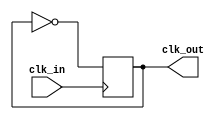
// This program was cloned from: https://github.com/NYU-MLDA/OpenABC
// License: BSD 3-Clause "New" or "Revised" License

// See LICENSE.SiFive for license details.

/** This black-boxes a Clock Divider by 2.
  * The output clock is phase-aligned to the input clock.
  * If you use this in synthesis, make sure your sdc
  * declares that you want it to do the same.
  *
  * Because Chisel does not support
  * blocking assignments, it is impossible
  * to create a deterministic divided clock.
  *
  *  @param clk_out Divided Clock
  *  @param clk_in  Clock Input
  *
  */

module ClockDivider2 (output reg clk_out, input clk_in);

   initial clk_out = 1'b0;
   always @(posedge clk_in) begin
      clk_out = ~clk_out; // Must use =, NOT <=
   end

endmodule // ClockDivider2